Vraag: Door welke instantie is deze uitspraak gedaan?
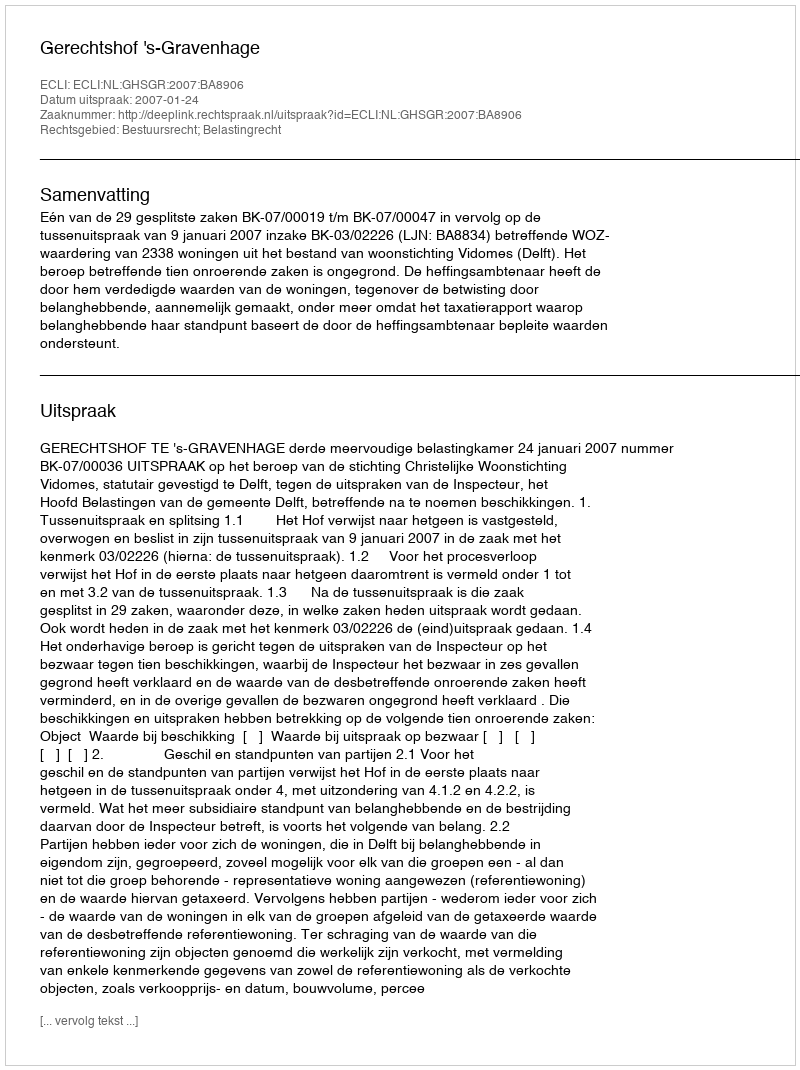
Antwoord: Gerechtshof 's-Gravenhage